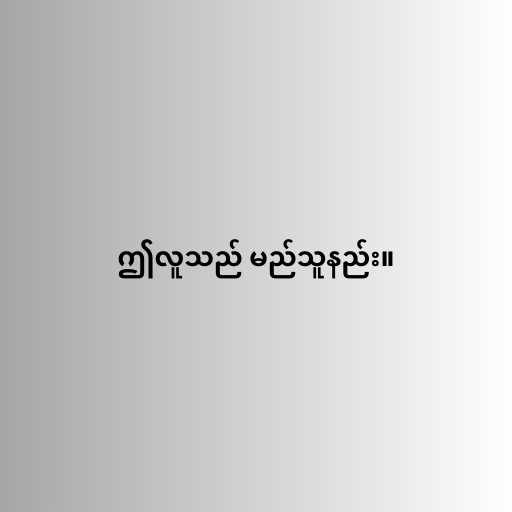
ဤလူသည် မည်သူနည်း။